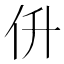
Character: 㐼